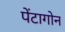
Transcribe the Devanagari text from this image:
पेंटागोन